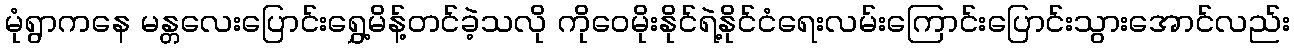
မုံရွာကနေ မန္တလေးပြောင်းရွှေ့မိန့်တင်ခဲ့သလို ကိုဝေမိုးနိုင်ရဲ့နိုင်ငံရေးလမ်းကြောင်းပြောင်းသွားအောင်လည်း